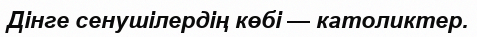
Дінге сенушілердің көбі — католиктер.